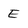
Character: E